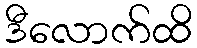
ဒီလောက်ထိ